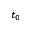
t _ { 0 }